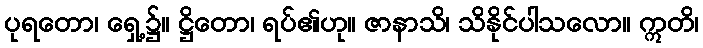
ပုရတော၊ ရှေ့၌။ ဋ္ဌိတော၊ ရပ်၏ဟု။ ဇာနာသိ၊ သိနိုင်ပါသလော။ ဣတိ၊